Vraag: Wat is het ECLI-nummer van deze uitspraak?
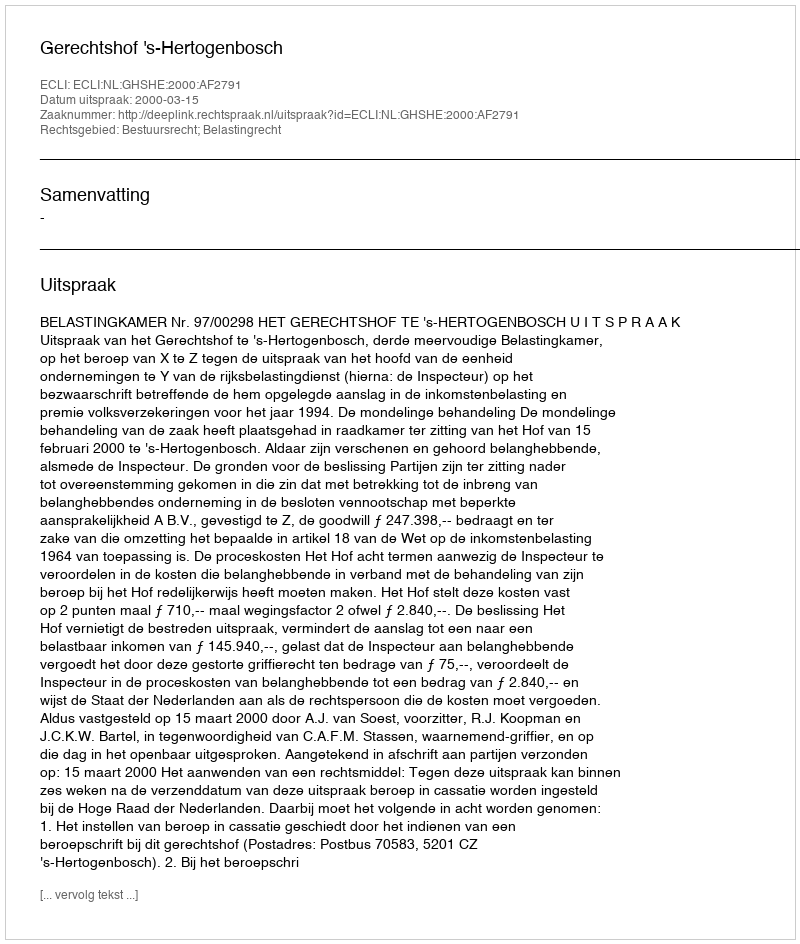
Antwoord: ECLI:NL:GHSHE:2000:AF2791